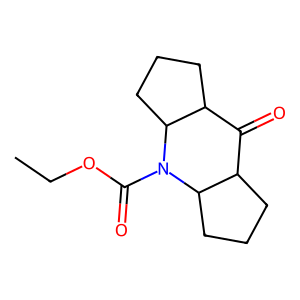
SMILES: CCOC(=O)N1C2CCCC2C(=O)C2CCCC21
Inhibits HIV replication: No